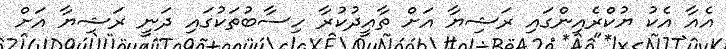
އެއާ އެކު ޔުކްރެއިންގައި ރަޝިޔާ އަށް ތާއީދުކުރާ ހިސާބުތަކުގައި ދަނީ ރަޝިޔާ އަށް